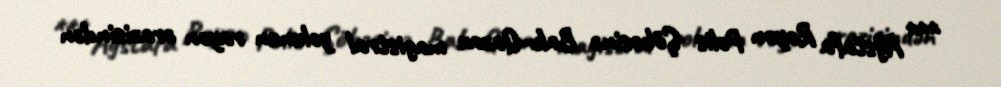
*** Ağstafa Rayon Polis Şöbəsinə Bakı-Qazax magistral yolunun rayon ərazisindən